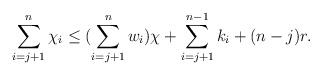
\begin{align*}\sum\limits_{i = j+1}^n \chi_i \leq (\sum\limits_{i= j+1}^n w_i) \chi + \sum\limits_{i = j+1}^{n-1}k_i + (n-j)r.\end{align*}